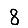
Digit: 8